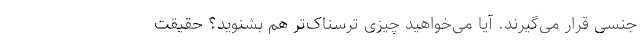
جنسی قرار می‌گیرند. آیا می‌خواهید چیزی ترسناک‌تر هم بشنوید؟ حقیقت